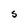
Character: S